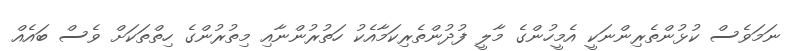
ނަމަވެސް ކުޅުންތެރިންނަކީ އެމީހުންގެ މާލީ ފުދުންތެރިކަމާއެކު ހަތުރުންނާއި މިތުރުންގެ ހިތްތަކަށް ވެސް ބައެއް